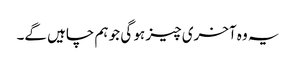
یہ وہ آخری چیز ہو گی جو ہم چاہیں گے۔